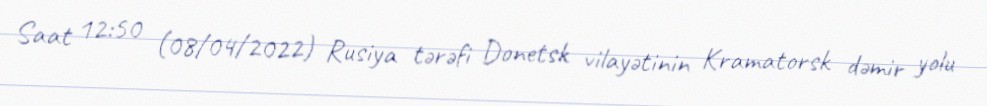
Saat 12:50 (08/04/2022) Rusiya tərəfi Donetsk vilayətinin Kramatorsk dəmir yolu